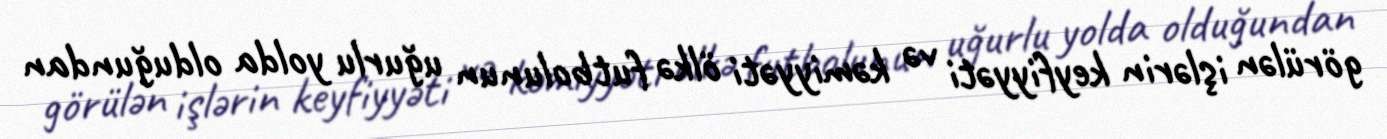
görülən işlərin keyfiyyəti və kəmiyyəti ölkə futbolunun uğurlu yolda olduğundan